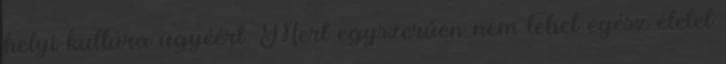
helyi kultúra ügyéért. Mert egyszerűen nem lehet egész életet